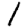
Digit: 1